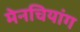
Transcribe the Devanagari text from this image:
मेनचियांग